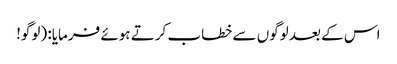
اس کے بعد لوگوں سے خطاب کرتے ہوئے فرمایا: (لوگو!